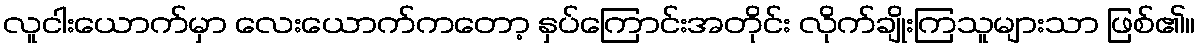
လူငါးယောက်မှာ လေးယောက်ကတော့ နှပ်ကြောင်းအတိုင်း လိုက်ချိုးကြသူများသာ ဖြစ်၏။